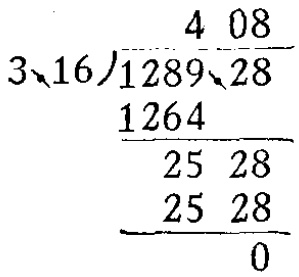
```
\begin{array}{r}
408 \\
3.16\enclose{longdiv}{1289.28} \\
\underline{1264} \\
2528 \\
\underline{2528} \\
0
\end{array}
```